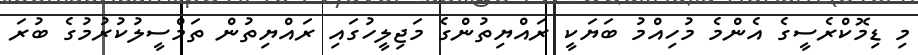
މި ޑިމޮކްރެސީގެ އެންމެ މުހިއްމު ބަޔަކީ ރައްޔިތުންގެ މަޖިލީހުގައި ރައްޔިތުން ތަމްސީލުކުރުމުގެ ބުރަ